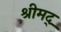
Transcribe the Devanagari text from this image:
श्रीमद्‌